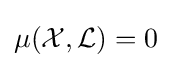
\operatorname {\mu } ({\mathcal {X}},{\mathcal {L}})=0